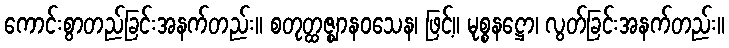
ကောင်းစွာတည်ခြင်းအနက်တည်း။ စတုတ္ထဇ္ဈာနဝသေန၊ ဖြင့်။ မုစ္စနဋ္ဌော၊ လွတ်ခြင်းအနက်တည်း။